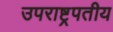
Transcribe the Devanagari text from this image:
उपराष्ट्रपतीय